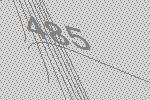
485